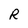
Character: R